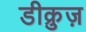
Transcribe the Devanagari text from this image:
डीक्रुज़